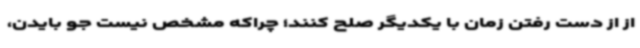
از از دست رفتن زمان با یکدیگر صلح کنند؛ چراکه مشخص نیست جو بایدن،